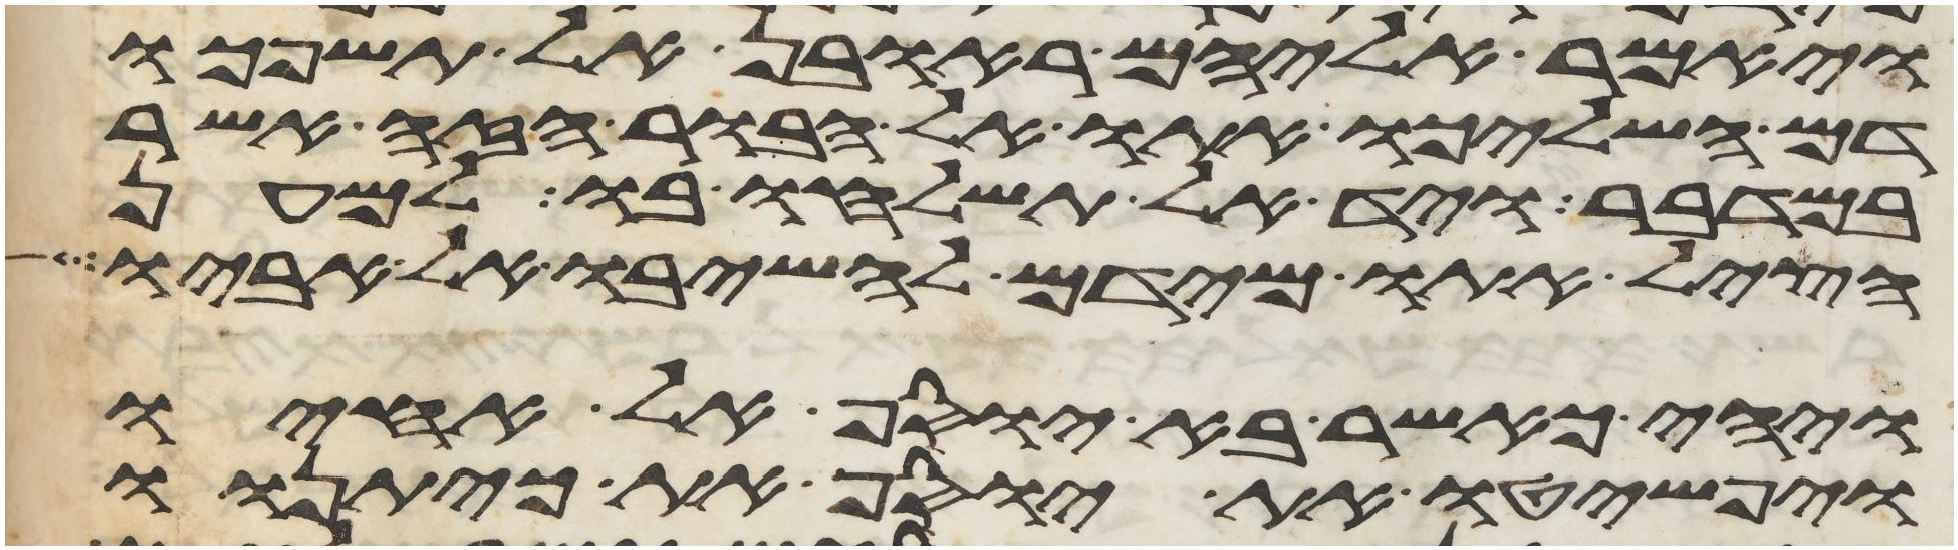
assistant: ויאמר אליהם ראובן אל תשפכו
דם השליכו אתו אל הבור הזה אשר
במדבר ויד אל תשלחו בו למען
הציל אתו מידם להשיבו אל אביו
ויהי כאשר בא יוסף אל אחיו
ויפשטו את יוסף את כיתנתו